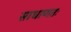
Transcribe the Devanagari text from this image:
साधाणतः